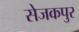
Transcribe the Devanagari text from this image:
सेजकपुर